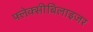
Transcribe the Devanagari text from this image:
फ्लेक्सीबिलाइजर